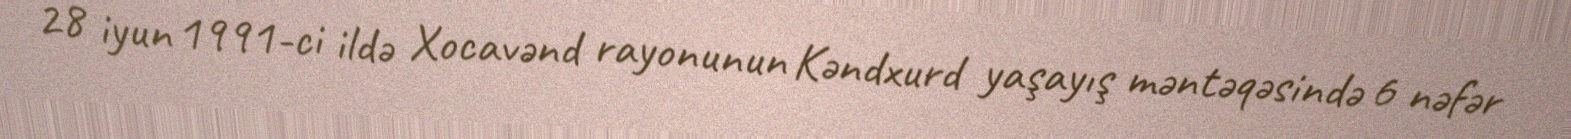
28 iyun 1991-ci ildə Xocavənd rayonunun Kəndxurd yaşayış məntəqəsində 6 nəfər